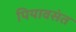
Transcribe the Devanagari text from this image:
पियावसंत